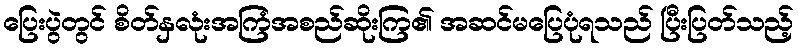
ပြေးပွဲတွင် စိတ်နှလုံးအကြံအစည်ဆိုးကြ၏ အဆင်မပြေပုံရသည် ပြီးပြတ်သည့်